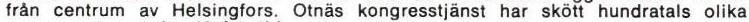
från centrum av Helsingfors. Otnäs kongresstjänt har skött hundratals olika